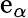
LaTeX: \mathrm{e}_{\alpha}